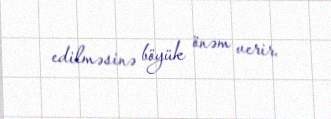
edilməsinə böyük önəm verir.